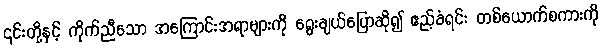
၎င်းတို့နှင့် ကိုက်ညီသော အကြောင်းအရာများကို ရွေးချယ်ပြောဆို၍ ဧည့်ခံရင်း တစ်ယောက်စကားကို